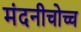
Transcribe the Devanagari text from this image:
मंदनीचोच्च